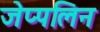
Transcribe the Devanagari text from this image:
जेप्पलिन